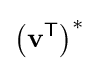
\left(\mathbf {v} ^{\textsf {T}}\right)^{*}